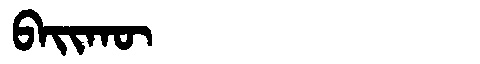
Manchu: ᠪᠠᡳᡴᡡ
Romanization: BAIKŪ